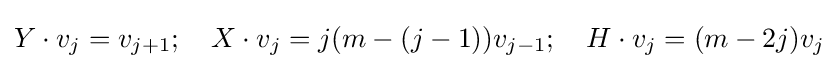
Y\cdot v_{j}=v_{j+1};\quad X\cdot v_{j}=j(m-(j-1))v_{j-1};\quad H\cdot v_{j}=(m-2j)v_{j}